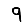
Digit: 9